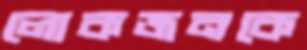
লোকজনকে